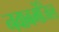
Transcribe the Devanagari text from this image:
नवाबमंजिल